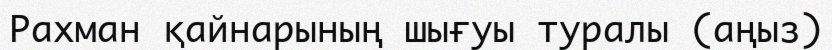
Рахман қайнарының шығуы туралы (аңыз)